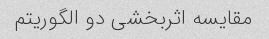
مقایسه اثربخشی دو الگوریتم